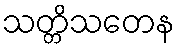
သတ္တိသတေန